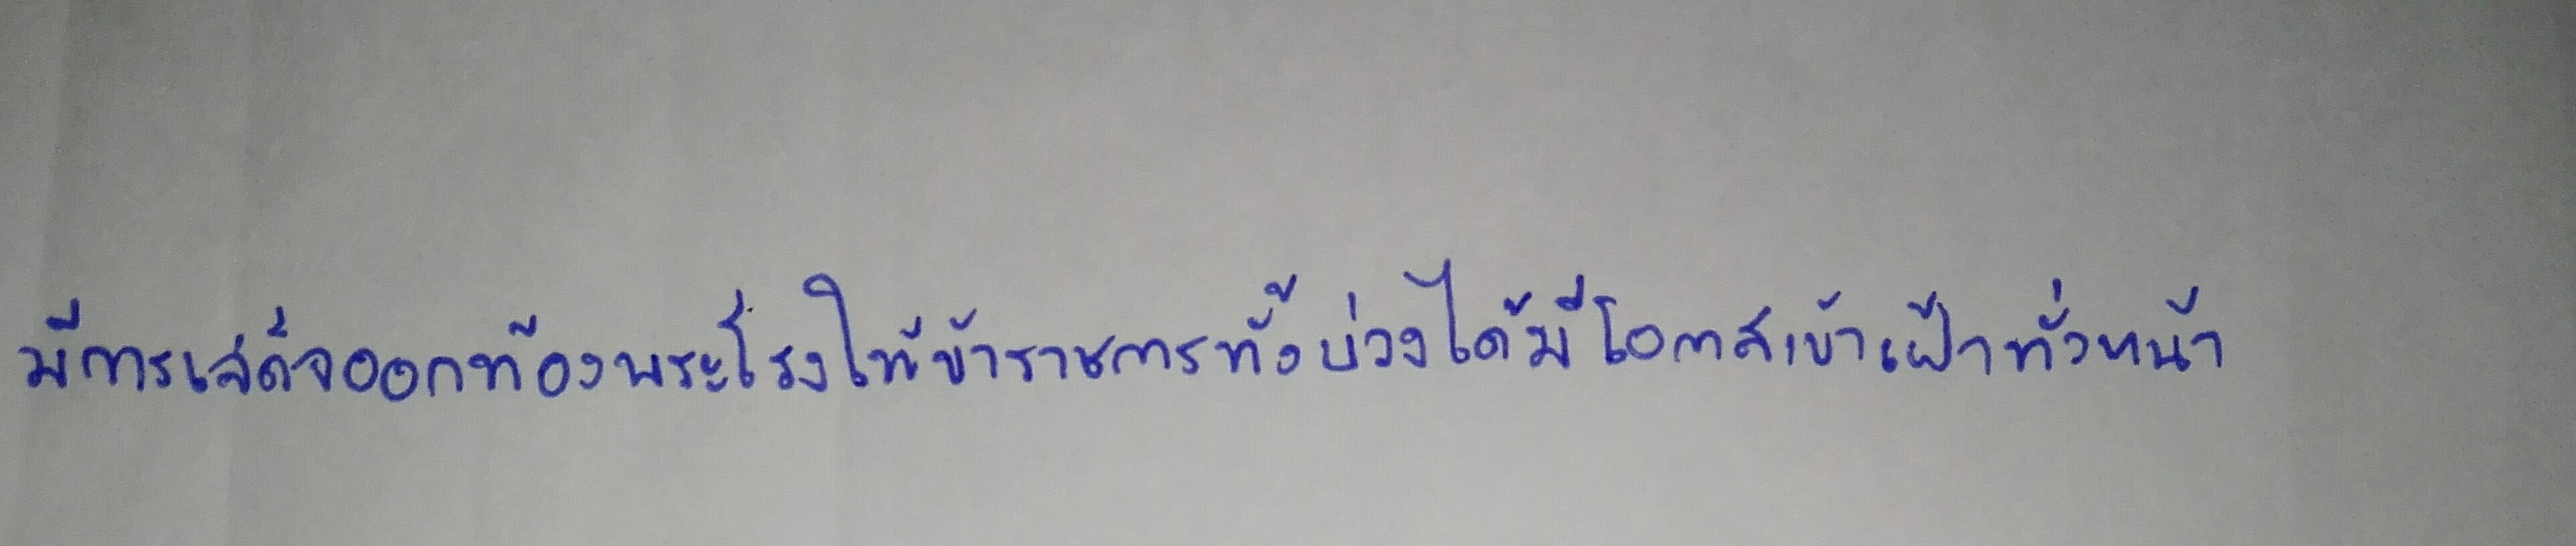
มีการเสด็จออกท้องพระโรงให้ข้าราชการทั้งปวงได้มีโอกาสเข้าเฝ้าทั่วหน้า